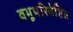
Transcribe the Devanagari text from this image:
वभूपरिवेष्टित